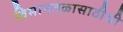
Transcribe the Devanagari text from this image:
विमानतळासाठीची